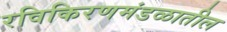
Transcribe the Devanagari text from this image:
रविकिरणमंडळातील